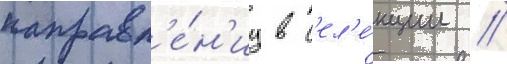
направл'е́н'иу в с'ел'е́кции /